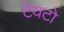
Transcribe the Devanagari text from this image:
टेयटो